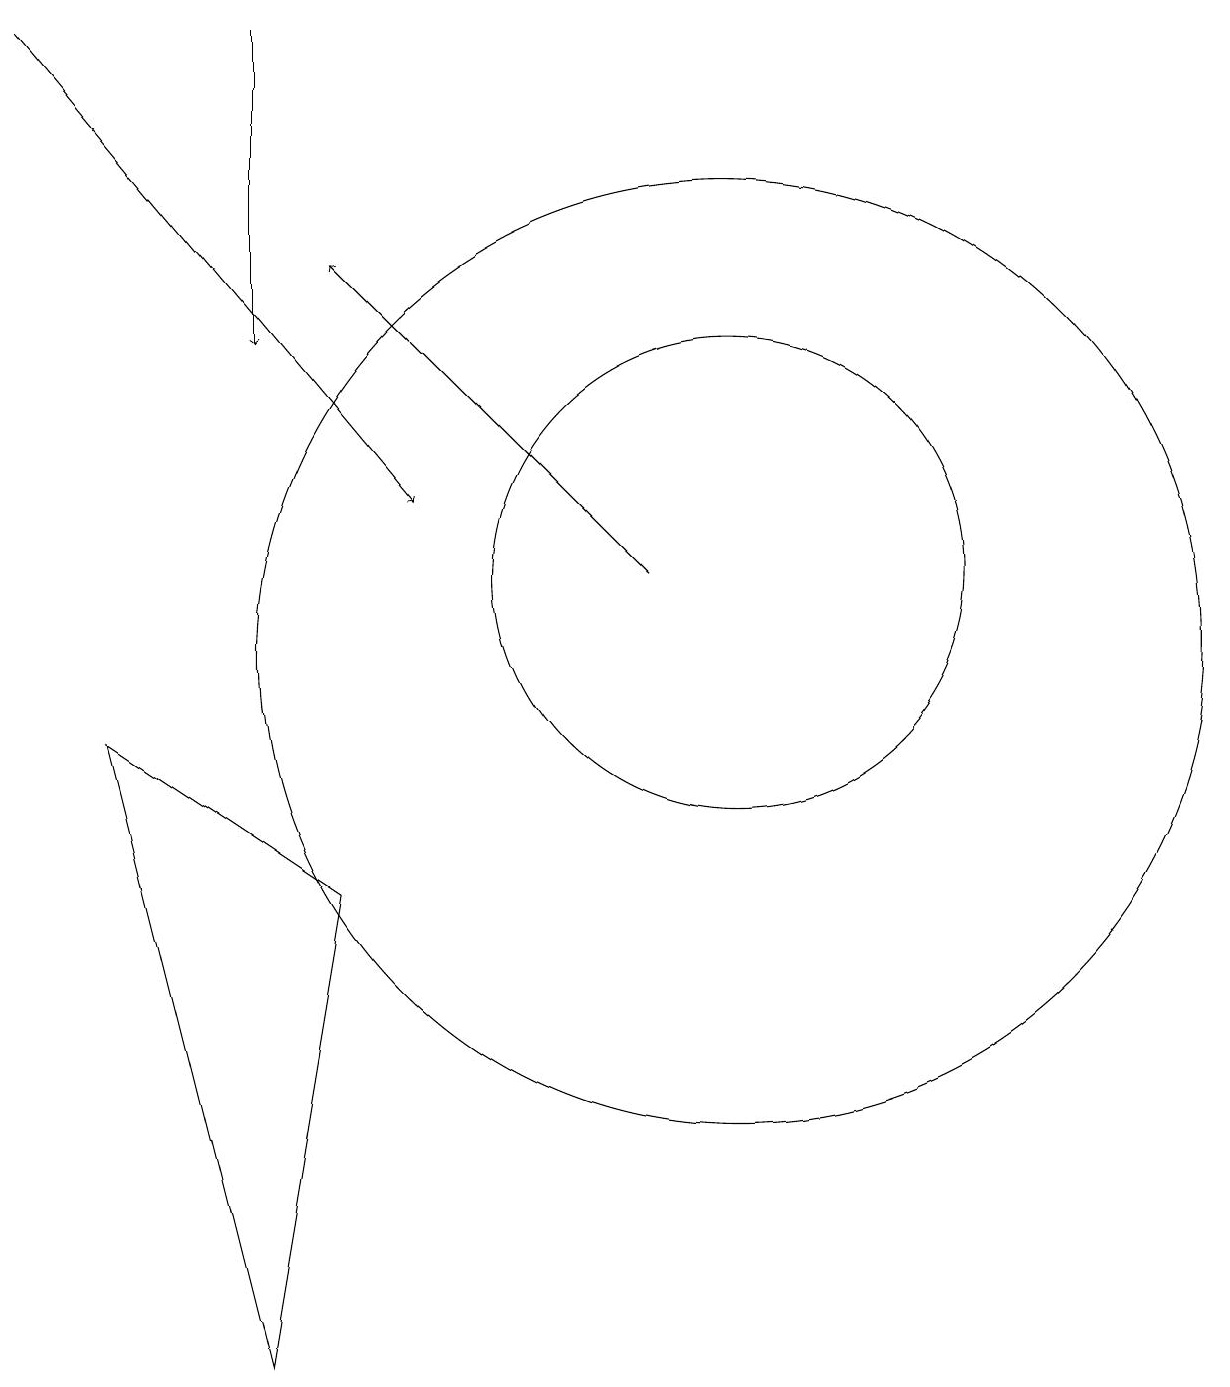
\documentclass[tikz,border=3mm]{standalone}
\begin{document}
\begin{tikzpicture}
\draw (5,7) -- (2,9) -- (4,1) -- cycle;
\draw (10,11) circle (3);
\draw[->] (4,18) -- (4,14);
\draw (10,10) circle (6);
\draw[->] (1,18) -- (6,12);
\draw[->] (9,11) -- (5,15);
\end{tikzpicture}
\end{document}